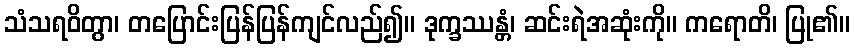
သံသရဝိတွာ၊ တပြောင်းပြန်ပြန်ကျင်လည်၍။ ဒုက္ခဿန္တံ၊ ဆင်းရဲအဆုံးကို။ ကရောတိ၊ ပြု၏။